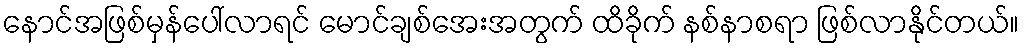
နောင်အဖြစ်မှန်ပေါ်လာရင် မောင်ချစ်အေးအတွက် ထိခိုက် နစ်နာစရာ ဖြစ်လာနိုင်တယ်။